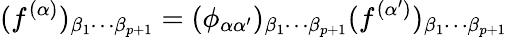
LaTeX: (f^{(\alpha)})_{\beta_{1}\cdots\beta_{p+1}}=(\phi_{\alpha\alpha^{\prime}})_{\beta_{1}\cdots\beta_{p+1}}(f^{(\alpha^{\prime})})_{\beta_{1}\cdots\beta_{p+1}}